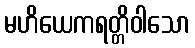
မဟိယေကရတ္တိဝါသော